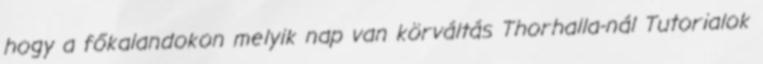
hogy a főkalandokon melyik nap van körváltás Thorhalla-nál Tutorialok